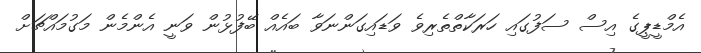
އެމްޑީޕީގެ އިސް ސަފުގައި ހަރަކާތްތެރިވެ ވަޑައިގަންނަވާ ބައެއް ބޭފުޅުން ވަނީ އެންމެން މަގުމައްޗަށް